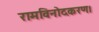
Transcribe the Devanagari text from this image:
रामविनोदकरण।